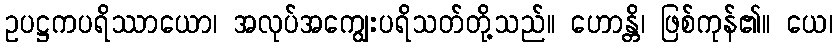
ဥပဋ္ဌကပရိဿာယော၊ အလုပ်အကျွေးပရိသတ်တို့သည်။ ဟောန္တိ၊ ဖြစ်ကုန်၏။ ယေ၊